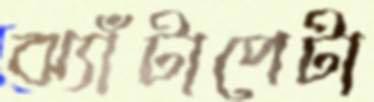
ঝ্যাঁটাপেটা